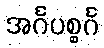
အင်္ဂပစ္စင်္ဂ